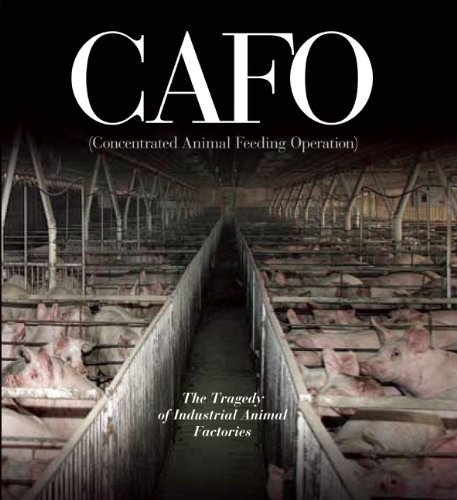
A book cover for CAFO: The Tragedy of Industrial Animal Factories; Science & Math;